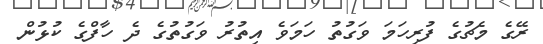
ރޭގެ މެޗުގެ ފުރިހަމަ ވަގުތު ހަަމަވެ އިތުރު ވަގުތުގެ ދެ ހާފްގެ ކުޅުން